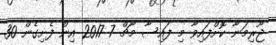
ޖޫރިމަނާ ކޮށްފައިވާ މި ފައިސާ މާޗް 7 2017 އިން ފެށިގެން 30